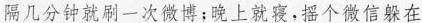
隔几分钟就刷一次微博；晚上就寝，摇个微信躲在